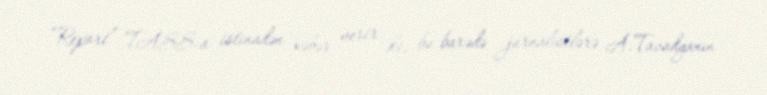
“Report” TASS-a istinadən xəbər verir ki, bu barədə jurnalistlərə A.Tavadyanın